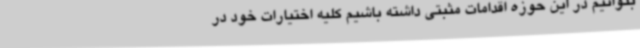
بتوانیم در این حوزه اقدامات مثبتی داشته باشیم کلیه اختیارات خود در